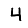
Digit: 4